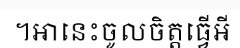
។អានេះចូលចិត្តធ្វើអី